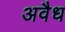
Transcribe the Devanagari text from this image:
अवैध